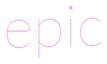
epic